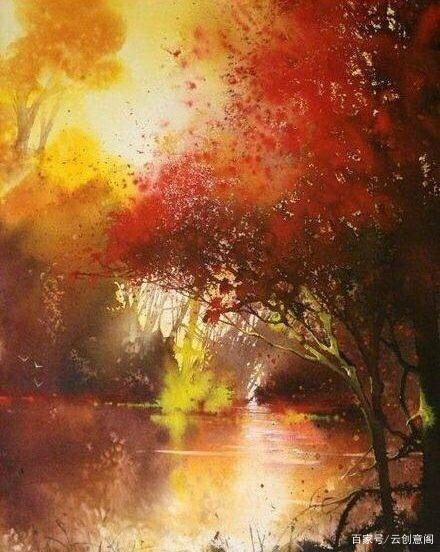
日暮秋烟起，萧萧枫树林。